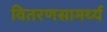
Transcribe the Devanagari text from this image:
वितरणसामर्थ्य